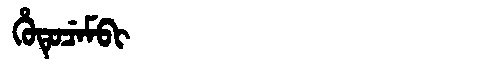
Manchu: ᡥᡠᡨᡠᠴᡝᠮᠪᡳ
Romanization: HUTUCEMBI